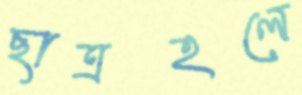
ছাত্রহলে